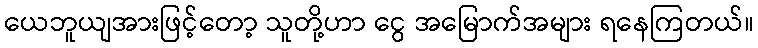
ယေဘူယျအားဖြင့်တော့ သူတို့ဟာ ငွေ အမြောက်အများ ရနေကြတယ်။